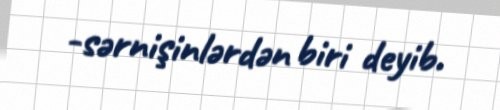
-sərnişinlərdən biri deyib.